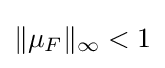
\|\mu _{F}\|_{\infty }<1